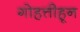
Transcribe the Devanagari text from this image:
गोहत्तीहून